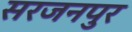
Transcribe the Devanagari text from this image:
सरजनपुर